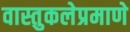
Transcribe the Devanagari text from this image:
वास्तुकलेप्रमाणे